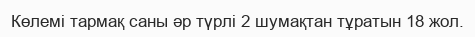
Көлемі тармақ саны әр түрлі 2 шумақтан тұратын 18 жол.